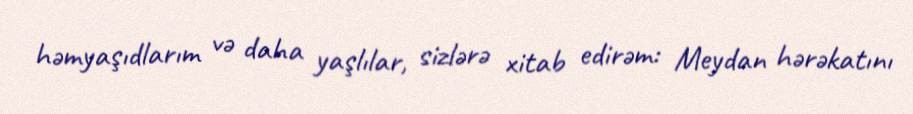
həmyaşıdlarım və daha yaşlılar, sizlərə xitab edirəm: Meydan hərəkatını